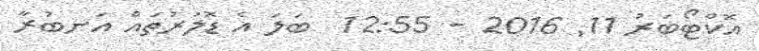
އޮކްޓޯބަރު 11